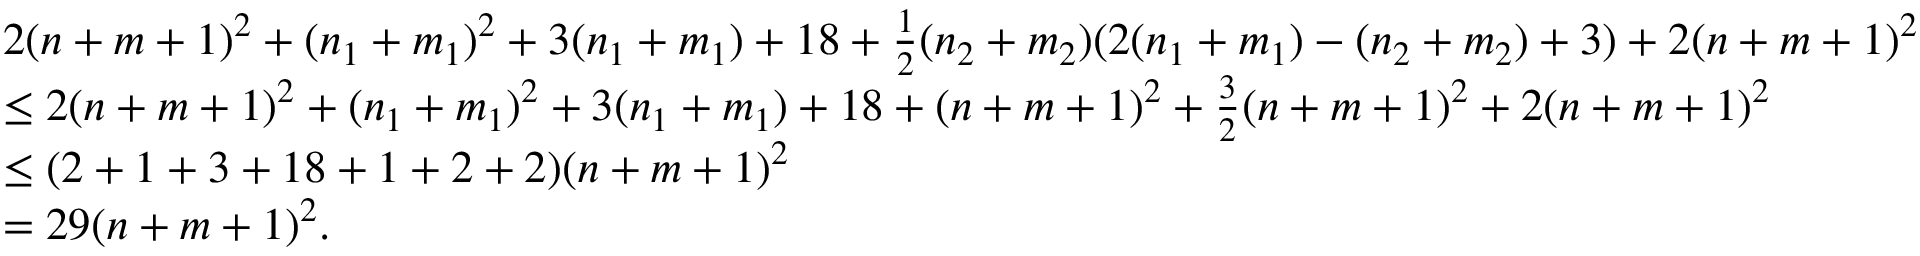
\begin{array} { r l } & { 2 ( n + m + 1 ) ^ { 2 } + ( n _ { 1 } + m _ { 1 } ) ^ { 2 } + 3 ( n _ { 1 } + m _ { 1 } ) + 1 8 + \frac { 1 } { 2 } ( n _ { 2 } + m _ { 2 } ) ( 2 ( n _ { 1 } + m _ { 1 } ) - ( n _ { 2 } + m _ { 2 } ) + 3 ) + 2 ( n + m + 1 ) ^ { 2 } } \\ & { \leq 2 ( n + m + 1 ) ^ { 2 } + ( n _ { 1 } + m _ { 1 } ) ^ { 2 } + 3 ( n _ { 1 } + m _ { 1 } ) + 1 8 + ( n + m + 1 ) ^ { 2 } + \frac { 3 } { 2 } ( n + m + 1 ) ^ { 2 } + 2 ( n + m + 1 ) ^ { 2 } } \\ & { \leq ( 2 + 1 + 3 + 1 8 + 1 + 2 + 2 ) ( n + m + 1 ) ^ { 2 } } \\ & { = 2 9 ( n + m + 1 ) ^ { 2 } . } \end{array}